Annual report of the Imperial Bacteriologist
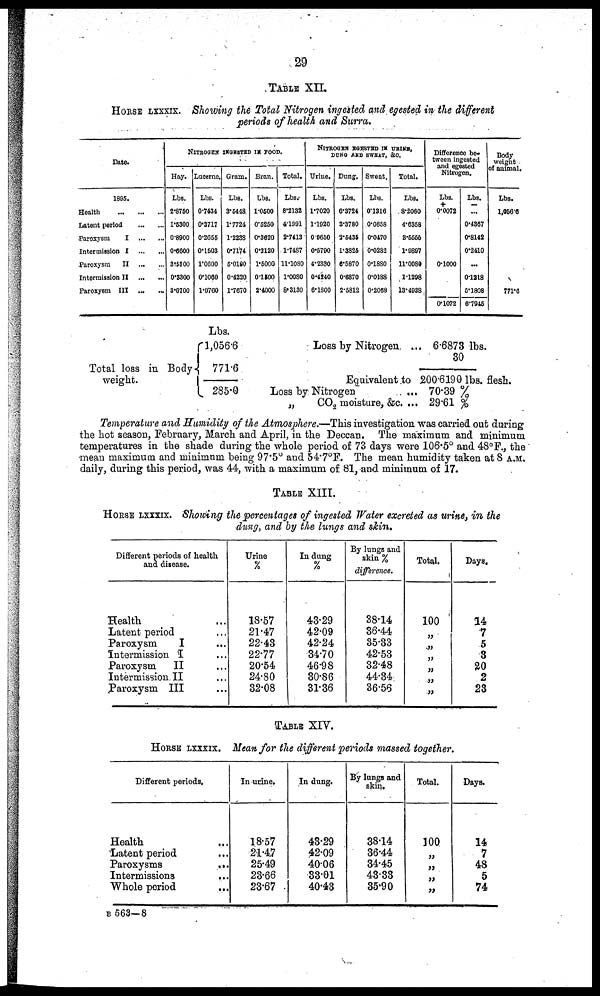
29
TABLE XII
HORSE LXXXIX. Showing the Total Nitrogen ingested, and egested in the different
periods of health and Surra.
Date.
1895.
Health
Latent period
Paroxysm
I
Intermission I
Paroxysm
II
Intermission II ...
...
Paroxysm III ...
...
NITROGEN INGHSTED IN FOOD.
Hay.
Lbs.
2.8750
1.5300
0.8900
0.6600
3.5300
0.3300
3.0700
Lucerne.
Lbs.
0.7434
0.3717
0.2655
0.1503
1.0600
0.1060
1.0760
Gram.
Lbs.
3.5448
1.7724
1.2238
0.7174
5.0180
0.4220
1.7670
Bran.
Lbs.
1.0500
0.5250
0.3620
0.2120
1.5000
0.1500
2.4000
Total.
Lbs.
8.2132
4.1991
2.7413
1.7487
11.1080
1.0080
8.3130
NITROGEN EGESTED IX URINE,
DUNG AND SWEAT, &C.
Urine.
Lbs.
1.7020
1.1920
0.9650
0.5790
4.2330
0.4240
6.1800
Dung.
Lbs,
6.3724
3.3780
2.5435
1.3825
6.5870
0.6870
2.5812
Sweat,
Lbs.
0.1316
0.0658
0.0470
0.0282
0.1880
0.0188
0.2068
Total.
Lbs.
8.2060
4.6358
3.5555
1.9897
11.0080
1.1298
13.4938
Difference be-
tween ingested
and egested
Nitrogen.
Lbs.
+
0.0072
0.1000
0.1072
Lbs.
...
0.4367
0.8142
0.2410
...
0.1218
5.1808
6.7945
Body
weight
of animal.
Lbs.
1,056.6
771.6
Lbs.
1,056.6
Total loss in Body-{ 771.6
weight.
285.0
Loss by Nitrogen ... 6.6873 lbs.
30
Equivalent to 200.6190 lbs. flesh.
Loss by Nitrogen
... 70.39 %
„
CO 2 moisture, &c. ... 29.61 %
Temperature and Humidity of the Atmosphere.—This investigation was carried out during
the hot season, February, March and April, in the Deccan. The maximum and minimum
temperatures in the shade during the whole period of 73 days were 106.5° and 48°F., the
mean maximum and minimum being 97.5° and 54.7°F. The mean humidity taken at 8 A.M.
daily, during this period, was 44, with a maximum of 81, and minimum of 17.
TABLE XIII.
HORSE LXXXIX. Showing the percentages of ingested Water excreted as urine, in the
dung, and by the lungs and skin.
Different periods of health
and, disease.
Health
Latent period
Paroxysm
I
Intermission I
Paroxysm
II
Intermission. II
Paroxysm III
Urine
%
18.57
21.47
22.43
22.77
20.54
24.80
32.08
In dung
%
43.29
42.09
42.24
34.70
46.98
30.86
31.36
By lungs and
skin %
difference.
38.14
36.44
35.33
42.53
32.48
44.34
36.56
Total.
100
„
„
„
„
„
Days,
14
7
5
3
20 2
23
TABLE XIV.
HORSE LXXXIX. Mean for the different periods massed together.
Different periods.
Health
Latent period
Paroxysms
...
Intermissions
...
Whole period
In urine.
18.57
21.47
25.49
23.66
23.67
In dung.
43.29
42.09
40.06
33.01
40.43
By lungs and
skin.
38.14
36.44
34.45
43.33
35.90
Total.
100
„
„
„
„
Days.
14
7
48
5
74
B 563—8